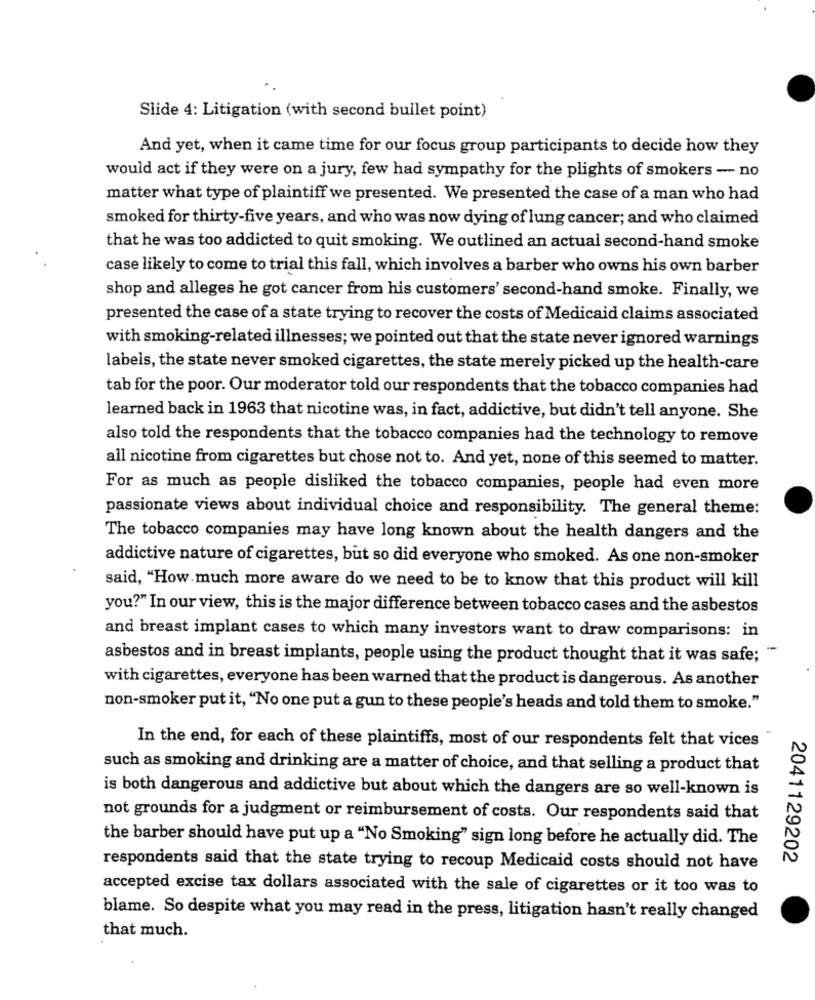
Slide 4: Litigation (with second bullet point)
And yet, when it came time for our focus group participants to decide how they
would act if they were on a jury, few had sympathy for the plights of smokers - no
matter what type of plaintiff we presented. We presented the case of a man who had
smoked for thirty-five years, and who was now dying of lung cancer; and who claimed
that he was too addicted to quit smoking. We outlined an actual second-hand smoke
case likely to come to trial this fall, which involves a barber who owns his own barber
shop and alleges he got cancer from his customers' second-hand smoke. Finally, we
presented the case of a state trying to recover the costs of Medicaid claims associated
with smoking-related illnesses; we pointed out that the state never ignored warnings
labels, the state never smoked cigarettes, the state merely picked up the health-care
tab for the poor. Our moderator told our respondents that the tobacco companies had
learned back in 1963 that nicotine was, in fact, addictive, but didn't tell anyone. She
also told the respondents that the tobacco companies had the technology to remove
all nicotine from cigarettes but chose not to. And yet, none of this seemed to matter.
For as much as people disliked the tobacco companies, people had even more
passionate views about individual choice and responsibility. The general theme:
The tobacco companies may have long known about the health dangers and the
addictive nature of cigarettes, but so did everyone who smoked. As one non-smoker
said, "How much more aware do we need to be to know that this product will kill
you?" In our view, this is the major difference between tobacco cases and the asbestos
and breast implant cases to which many investors want to draw comparisons: in
asbestos and in breast implants, people using the product thought that it was safe; "
with cigarettes, everyone has been warned that the product is dangerous. As another
non-smoker put it, "No one put a gun to these people's heads and told them to smoke."
In the end, for each of these plaintiffs, most of our respondents felt that vices
such as smoking and drinking are a matter of choice, and that selling a product that
is both dangerous and addictive but about which the dangers are so well-known is
not grounds for a judgment or reimbursement of costs. Our respondents said that
the barber should have put up a "No Smoking" sign long before he actually did. The
2041129202
respondents said that the state trying to recoup Medicaid costs should not have
accepted excise tax dollars associated with the sale of cigarettes or it too was to
blame. So despite what you may read in the press, litigation hasn't really changed
that much.